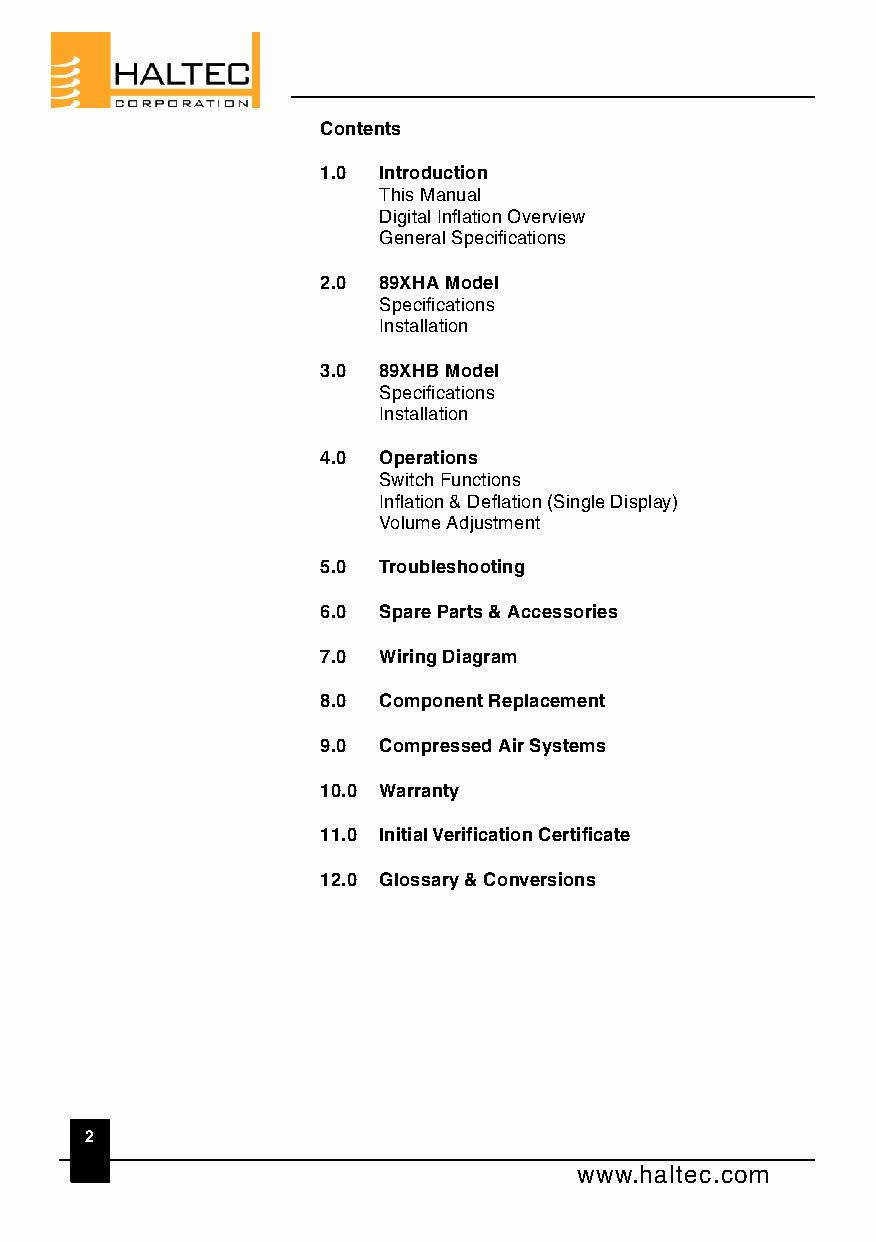
Contents
 1.0 Introduction
 This Manual
 Digital Inflation Overview
 General Specifications
 2.0 89XHA Model
 Specifications
 Installation
 3.0 89XHB Model
 Specifications
 Installation
 4.0 Operations
 Switch Functions
 Inflation & Deflation (Single Display)
 Volume Adjustment
 5.0 Troubleshooting
 6.0 Spare Parts & Accessories
 7.0 Wiring Diagram
 8.0 Component Replacement
 9.0 Compressed Air Systems
 10.0 Warranty
 11.0 Initial Verification Certificate
 12.0 Glossary & Conversions
 2
 www.haltec.com